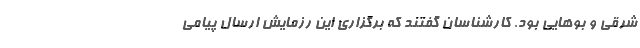
شرقی و بوهایی بود. کارشناسان گفتند که برگزاری این رزمایش ارسال پیامی